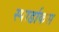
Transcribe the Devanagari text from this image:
स्पार्डाकस